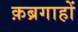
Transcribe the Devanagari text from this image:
क़ब्रगाहों